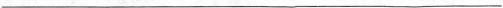
___